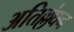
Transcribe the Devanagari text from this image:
अतिल्लंघन